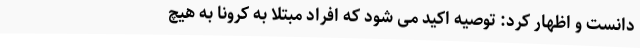
دانست و اظهار کرد: توصیه اکید می شود که افراد مبتلا به کرونا به هیچ